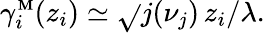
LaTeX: \gamma_{i}^{{\scriptscriptstyle\mathbf{M}}}(z_{i})\simeq\sqrt{}{{j(\nu_{j})}}\, z_{i}/\lambda.